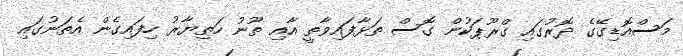
މަސްއޮޑިގޭގެ ދޮރުގައި ގްރޫޕަކުން ގޮސް ތަޅާފައިވާތީ އާއި ތޫނު ހަތިޔާރު ހިފައިގެން އެތަނުގައި